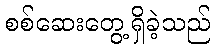
စစ်ဆေးတွေ့ရှိခဲ့သည်